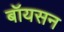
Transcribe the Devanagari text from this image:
बॉयसन